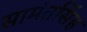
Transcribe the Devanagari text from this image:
सामंतसिंह